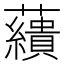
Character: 𧄑